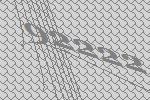
92222